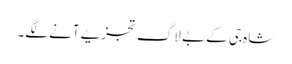
شاہ جی کے بے لاگ تجزیے آنے لگے۔